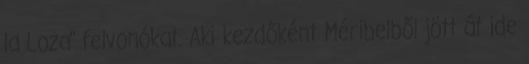
la Loza" felvonókat. Aki kezdőként Méribelből jött át ide